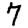
Digit: 7